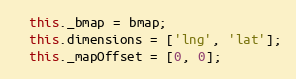
Language: JavaScript
  this._bmap = bmap;
  this.dimensions = ['lng', 'lat'];
  this._mapOffset = [0, 0];